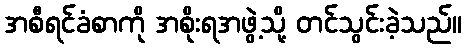
အစီရင်ခံစာကို အစိုးရအဖွဲ့သို့ တင်သွင်းခဲ့သည်။